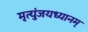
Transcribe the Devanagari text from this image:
मृत्युंजयध्यानम्‌